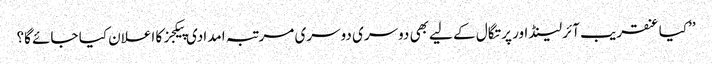
’’کیا عنقریب آئرلینڈ اور پرتگال کے لیے بھی دوسری دوسری مرتبہ امدادی پیکجز کا اعلان کیا جائے گا؟